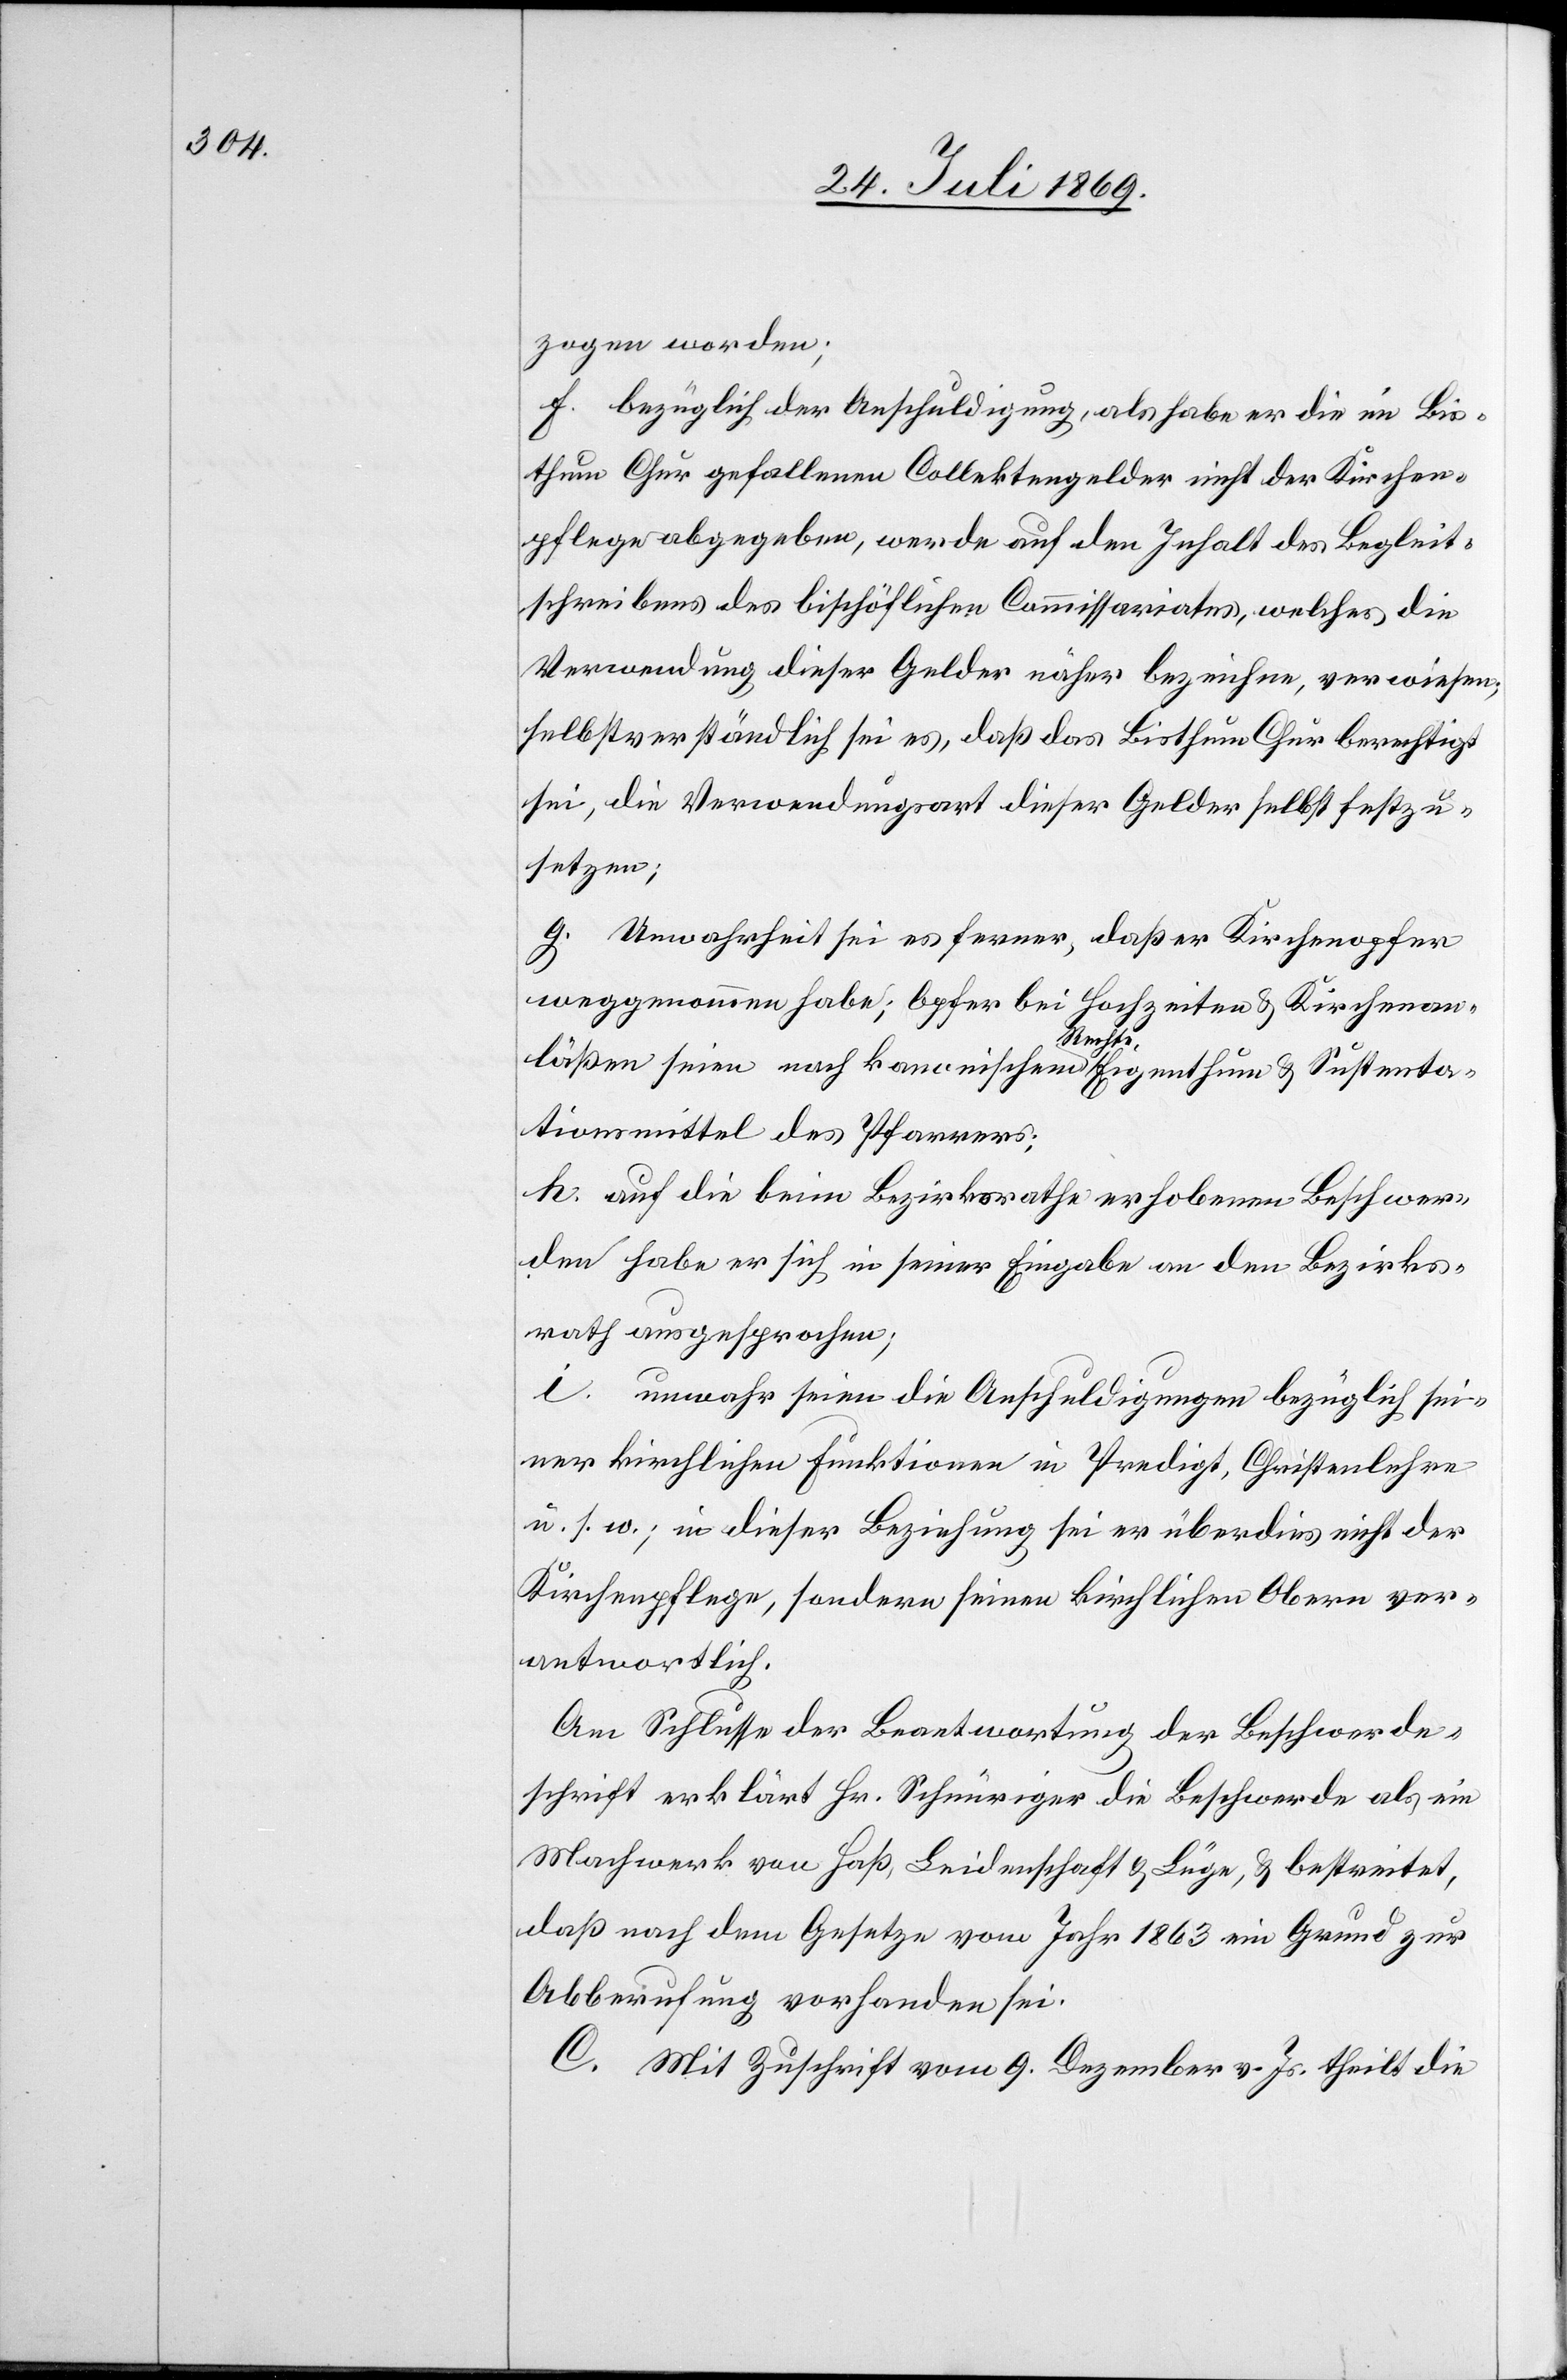
zogen worden.
f. bezüglich der Anschuldigung, als habe er die im Bis¬
thum Chur gefallenen Collektengelder nicht der Kirchen¬
pflege abgegeben, werde auf den Inhalt des Begleit¬
schreibens des bischöflichen Commissariates, welches die
Verwendung dieser Gelder näher bezeichne, verwiesen;
selbstverständlich sei es, daß das Bisthum Chur berechtigt
sei, die Verwendungsart dieser Gelder selbst festzu¬
setzen;
g. Unwahrheit sei es ferner, daß er Kirchenopfer
weggenommen habe; Opfer bei Hochzeiten u. Kirchenan¬
läßen seien nach kanonischen Rechts, Eigenthum u. Sustenta¬
tionsmittel des Pfarrers;
h. auf die beim Bezirksrathe erhobenen Beschwer¬
den habe er sich in seiner Eingabe an den Bezirks¬
rath ausgesprochen;
i. unwahr seien die Anschuldigungen bezüglich sei¬
ner kirchlichen Funktionen in Predigt, Christenlehren
u. s. w., in dieser Beziehung sei er überdies nicht der
Kirchenpflege, sondern seinen kirchlichen Obern ver¬
antwortlich.
Am Schlusse der Beantwortung der Beschwerde¬
schrift erklärt Hr. Schnüriger die Beschwerde als ein
Machwerk von Haß, Leidenschaft u. Lüge, bestreitet,
daß nach dem Gesetze vom Jahr 1863 ein Grund zur
Abberufung vorhanden sei.
C. Mit Zuschrift vom 9. Dezember v. Js. theilt die